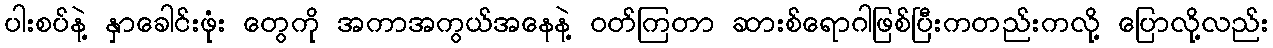
ပါးစပ်နဲ့ နှာခေါင်းဖုံး တွေကို အကာအကွယ်အနေနဲ့ ဝတ်ကြတာ ဆားစ်ရောဂါဖြစ်ပြီးကတည်းကလို့ ပြောလို့လည်း